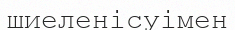
шиеленісуімен